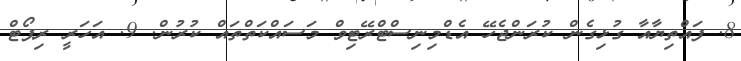
8. ފައްތިޔާއާ ގުޅިގެން ކުރަންޖެހޭ އެޑްމިނިސްޓްރޭޓިވް މަސައްކަތްތައް ކުރުން. 9. އަހަރީ ރިޕޯޓް